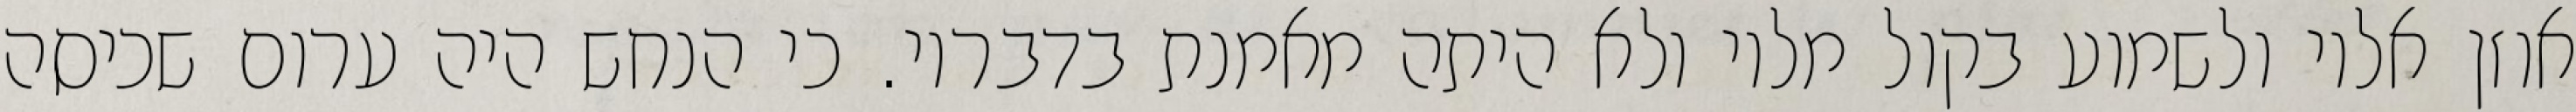
אוזן אליו ולשמוע בקול מליו ולא היתה מאמנת בדבריו. כי הנחש היה ערום שכיסה